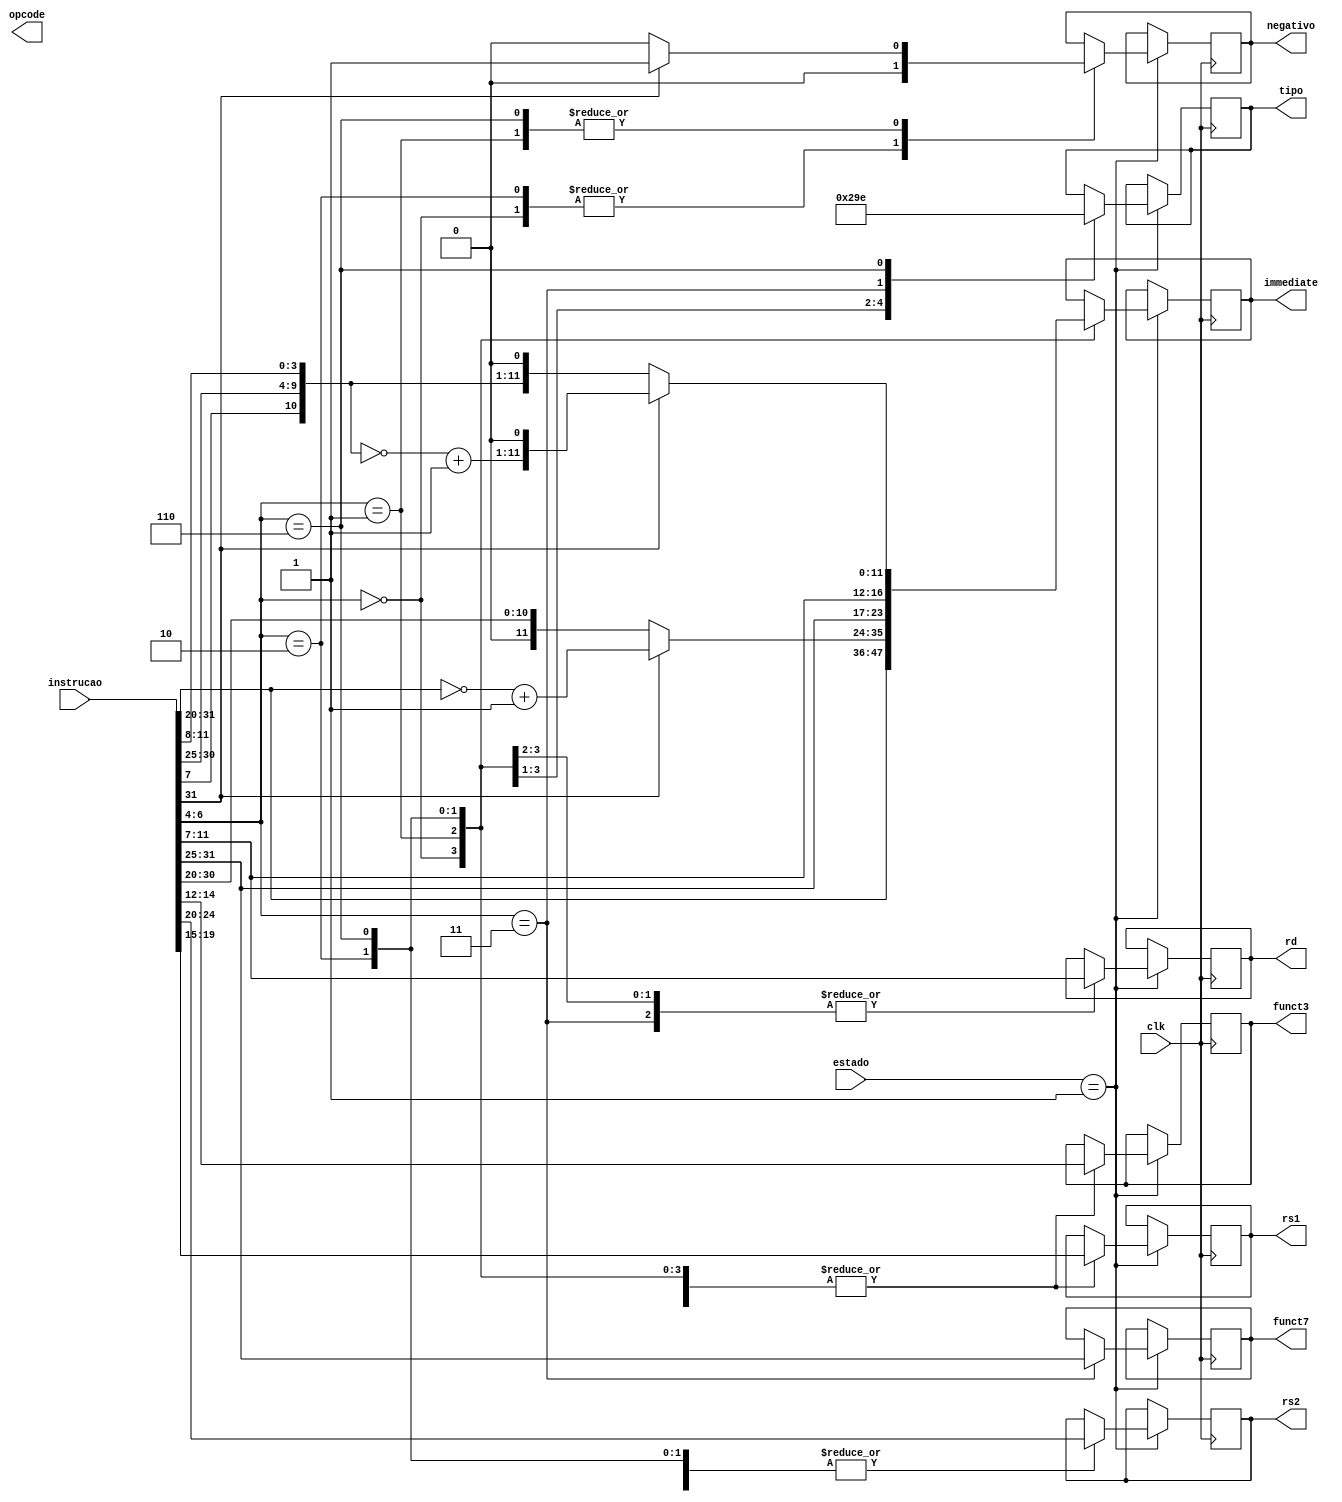
module decodificacao (instrucao, opcode, rd, rs1, rs2, funct3, funct7, immediate, tipo, clk, estado, negativo);
    input wire [31:0] instrucao; 
    input wire clk;
    input wire [3:0] estado;
    output reg [6:0] opcode;
    output reg [4:0] rd; // registrador de escrita
    output reg [4:0] rs1; // registrador de leitura 1
    output reg [4:0] rs2; // registrador de leitura 2
    output reg [2:0] funct3; 
    output reg [6:0] funct7;
    output reg [11:0] immediate; 
    output reg [2:0] tipo; // determinar de qual formato  a instruo
    output reg negativo; // sinal de controle para saber se o imediato  negativo ou no

    always @(posedge clk) begin
      // estados em a decoficao  usada
      if(estado == 4'b0001)begin
        // recebendo os valores conforme o opcode de cada funo
        case (instrucao[6:4]) 
          3'b000: begin //formato i
            rd <= instrucao[11:7];
            rs1 <= instrucao[19:15];
            funct3 <= instrucao[14:12];
            immediate <= instrucao[31:20];
            negativo <= 1'b0;
            tipo <= 3'b000;
          end
          3'b001: begin //formato i
            rd <= instrucao[11:7];
            rs1 <= instrucao[19:15];
            funct3 <= instrucao[14:12];
            if(instrucao[31] == 1'b1)begin // se o imediato for negativo
              immediate <= (~(instrucao[31:20]) + 1'b1);
              negativo <= 1'b1;
            end
            else begin
              immediate <= instrucao[31:20];
              negativo <= 1'b0;
            end
            tipo <= 3'b001;
          end
          3'b010: begin //formato s
            immediate <= {instrucao[31:25], instrucao[11:7]};
            negativo <= 1'b0;
            rs1 <= instrucao[19:15];
            rs2 <= instrucao[24:20];
            funct3 <= instrucao[14:12];
            tipo <= 3'b010;
          end
          3'b011: begin //formato r
            funct7 <= instrucao[31:25];
            rs2 <= instrucao[24:20];
            rs1 <= instrucao[19:15];
            rd <= instrucao[11:7];
            funct3 <= instrucao[14:12];
            tipo <= 3'b011;
          end 
          3'b110: begin //formato sb
            if(instrucao[31] == 1'b1)begin // se o imediato for negativo
              immediate <= (~{instrucao[31], instrucao[7], instrucao[30:25], instrucao[11:8]} + 1) << 1;
              negativo <= 1'b1;
            end
            else begin
              immediate <= {instrucao[31], instrucao[7], instrucao[30:25], instrucao[11:8]} << 1;
              negativo <= 1'b0;
            end
            rs1 <= instrucao[19:15];
            rs2 <= instrucao[24:20];
            funct3 <= instrucao[14:12];
            tipo <= 3'b110;
          end 
        endcase
      end
  end

endmodule